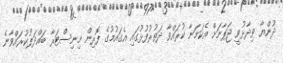
ދުންޔާ ވިދާޅުވީ ޖަޕާނަށް އެކަމަނާ ކުރައްވާ ދަތުރުފުޅުގައި އެގައުމުގެ ފޮރިން މިނިސްޓަރާ ބައްދަލުކުރައްވާނެ